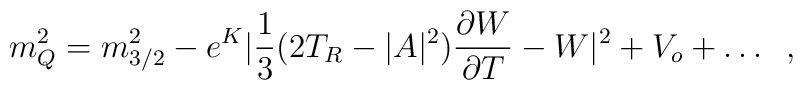
m_Q^2 = m_{3/2}^2 - e^K |\frac{1}{3}(2T_R-|A|^2)\frac{\partial W}{\partial T}-W|^2 + V_o + \dots\;\;,